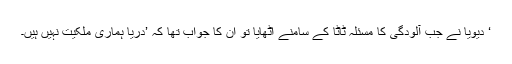
‘ دیویا نے جب آلودگی کا مسئلہ ٹاٹا کے سامنے اٹھایا تو ان کا جواب تھا کہ ’دریا ہماری ملکیت نہیں ہیں۔